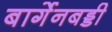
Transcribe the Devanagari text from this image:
बार्गेनबड्डी